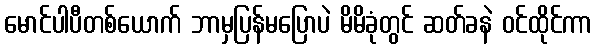
မောင်ပါပီတစ်ယောက် ဘာမှပြန်မပြောပဲ မိမိခုံတွင် ဆတ်ခနဲ ဝင်ထိုင်ကာ